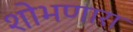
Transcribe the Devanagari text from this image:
शोभणारा